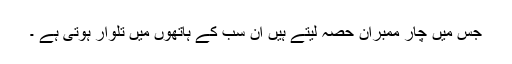
جس میں چار ممبران حصہ لیتے ہیں ان سب کے ہاتھوں میں تلوار ہوتی ہے ۔